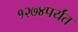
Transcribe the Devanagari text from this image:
१२७४पर्यंत